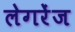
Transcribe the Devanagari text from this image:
लेगरेंज